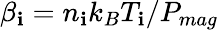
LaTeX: \beta_{\mathbf{i}}=n_{\mathbf{i}}k_{B}T_{\mathbf{i}}/P_{mag}